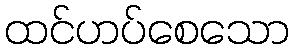
ထင်ဟပ်စေသော